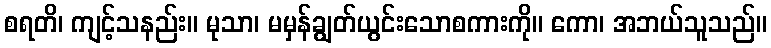
စရတိ၊ ကျင့်သနည်း။ မုသာ၊ မမှန်ချွတ်ယွင်းသောစကားကို။ ကော၊ အဘယ်သူသည်။